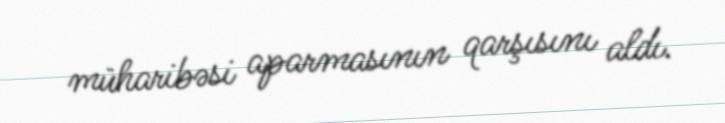
müharibəsi aparmasının qarşısını aldı.